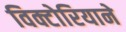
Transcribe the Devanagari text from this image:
विक्टोरियाने